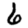
Digit: 6